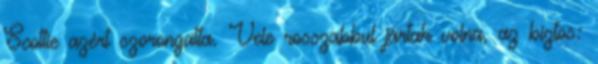
Scottie azért szorongatta. Vele rosszabbul jártak volna, az biztos: